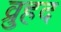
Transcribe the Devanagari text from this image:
व्रुहद